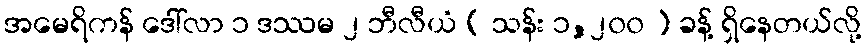
အမေရိကန် ဒေါ်လာ ၁ ဒဿမ ၂ ဘီလီယံ ( သန်း ၁,၂၀၀ ) ခန့် ရှိနေတယ်လို့